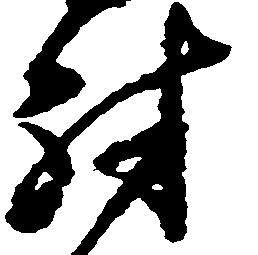
討